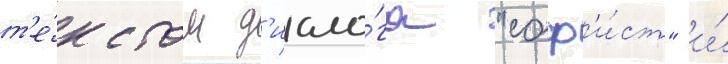
т'е́кстом д'иало́га "соф'и́ст" и́